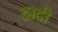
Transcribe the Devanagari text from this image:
द्रादी